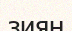
зиян